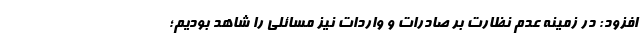
افزود: در زمینه عدم نظارت بر صادرات و واردات نیز مسائلی را شاهد بودیم؛